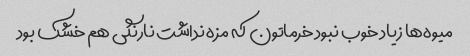
میوه‌ها زیاد خوب نبود خرماتون که مزه نداشت نارنگی هم خشک بود